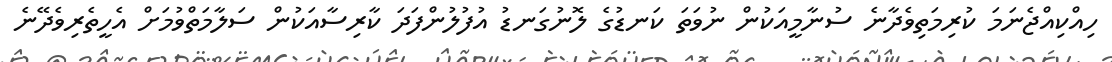
ހިއްކިއްޖެނަމަ ކުރިމަތިވެދާނެ ސުނާމީއަކުން ނުވަތަ ކަނޑުގެ ލޮނުގަނޑު އުފުލުންފަދަ ކާރިސާއަކުން ސަލާމަތްވުމަށް އެހީތެރިވެދޭނެ